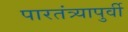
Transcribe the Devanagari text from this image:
पारतंत्र्यापुर्वी